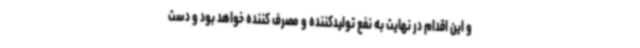
و این اقدام در نهایت به نفع تولیدکننده و مصرف کننده خواهد بود و دست